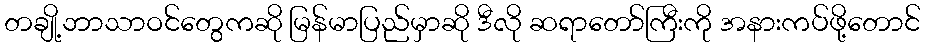
တချို့ဘာသာဝင်တွေကဆို မြန်မာပြည်မှာဆို ဒီလို ဆရာတော်ကြီးကို အနားကပ်ဖို့တောင်